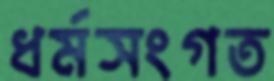
ধর্মসংগত